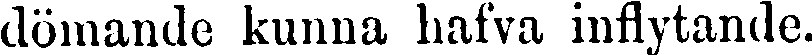
dömande kunna hafva inflytande.